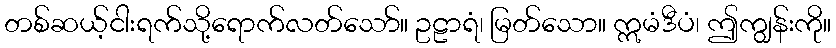
တစ်ဆယ့်ငါးရက်သို့ရောက်လတ်သော်။ ဥဠာရံ၊ မြတ်သော။ ဣမံဒီပံ၊ ဤကျွန်းကို။